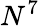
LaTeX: N^{7}